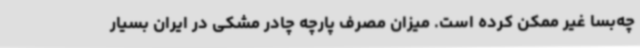
چه‌بسا غیر ممکن کرده است. میزان مصرف پارچه چادر مشکی در ایران بسیار